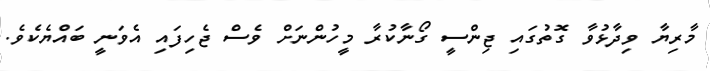
މާރިޔާ ވިދާޅުވާ ގޮތުގައި ޖިންސީ ގޯނާކުރާ މީހުންނަށް ވެސް ޖެހިފައި އެވަނީ ބައްޔެކެވެ.